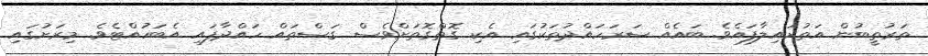
ތަރުތީބުން އަތުރައިލާފައެވެ. ބައެއް ސަރަހައްދުތަކުގައި އެކި ގޮތްގޮތަށްވެސް ގަސްތައް ހައްދާފައި އެބަހުއްޓެވެ. މިރަށުގައި